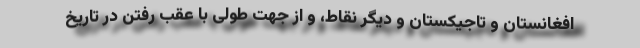
افغانستان و تاجیکستان و دیگر نقاط، و از جهت طولی با عقب رفتن در تاریخ